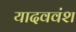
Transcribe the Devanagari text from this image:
यादववंश